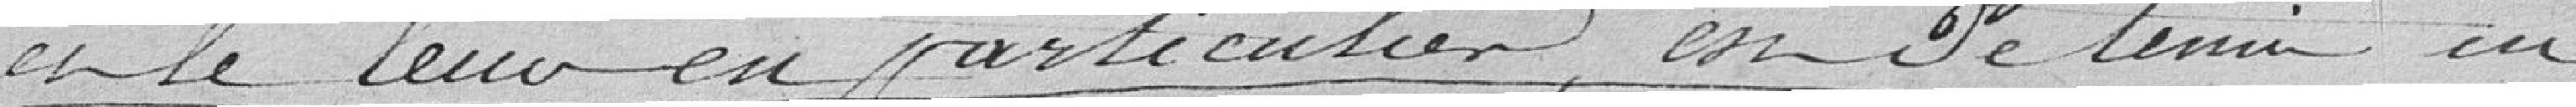
et le leur en particulier est de tenir en